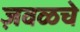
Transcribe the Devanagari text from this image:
ज़वळचे